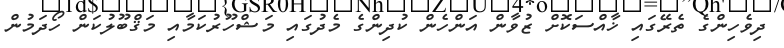
ދިވެހިންގެ ތެރޭގައި ޚާއްސަކޮށް ޒުވާން އަންހެން ކުދިންގެ މެދުގައި މަޝްހޫރުކަމާއި މަޤްބޫލުކަން ހޯދަމުން